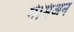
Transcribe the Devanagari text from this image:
नेमिअन